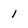
Character: 1